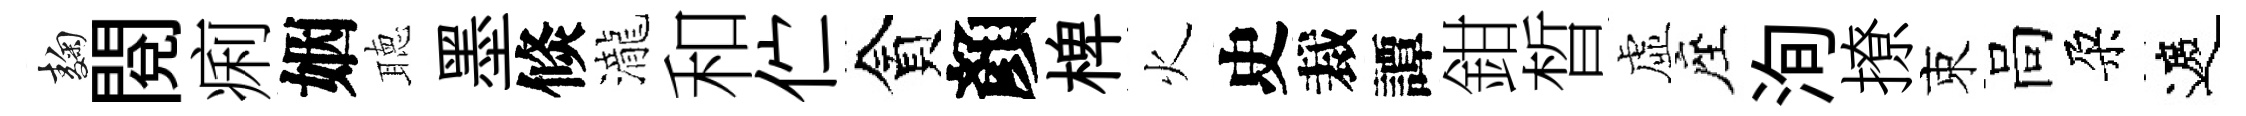
麹閲痢姻聴墨倐瀧和伫貪顏椑火史裁譚鉗晳虛座洵撩束高朶遮